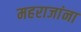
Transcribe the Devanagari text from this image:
महराजांना